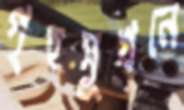
গৃহসুখনে